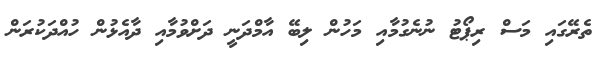
ތެރޭގައި މަސް ރިޕޯޓު ނުނެގުމާއި މަހުން ލިބޭ އާމްދަނީ ދަށްވުމާއި ދާއެޅުން ހުއްދަކުރަން